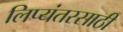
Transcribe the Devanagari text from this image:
लिप्यंतरसाठी